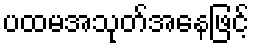
ပထမအသုတ်အနေဖြင့်